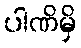
ပါဏိမှိ